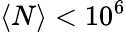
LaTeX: \langle N\rangle<10^{6}